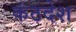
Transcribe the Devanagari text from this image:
कंठदेश